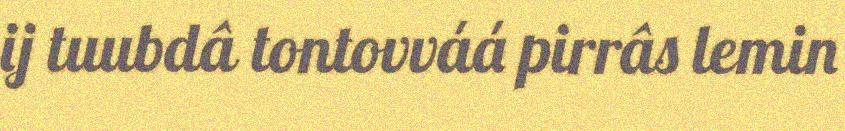
ij tuubdâ tontovváá pirrâs lemin